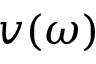
v ( \omega )